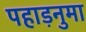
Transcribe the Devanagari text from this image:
पहाड़नुमा